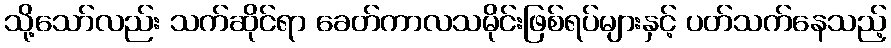
သို့သော်လည်း သက်ဆိုင်ရာ ခေတ်ကာလသမိုင်းဖြစ်ရပ်များနှင့် ပတ်သက်နေသည့်